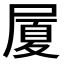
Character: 𭕥